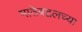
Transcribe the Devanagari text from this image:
मातेबद्दलच्या